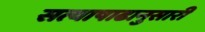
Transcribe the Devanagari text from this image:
सत्याषाढानुसारी